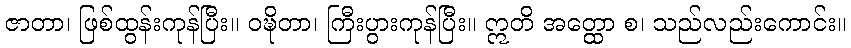
ဇာတာ၊ ဖြစ်ထွန်းကုန်ပြီး။ ဝဍ္ဎိတာ၊ ကြီးပွားကုန်ပြီး။ ဣတိ အတ္ထော စ၊ သည်လည်းကောင်း။